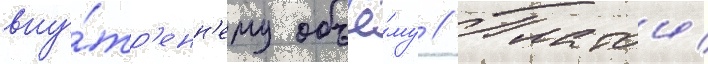
вну́тр'енн'ему объё́му // Платои